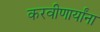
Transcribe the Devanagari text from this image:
करवीणार्यांना